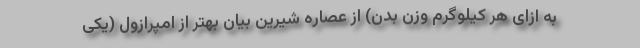
به ازای هر کیلوگرم وزن بدن) از عصاره شیرین بیان بهتر از امپرازول (یکی